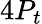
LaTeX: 4P_{t}